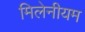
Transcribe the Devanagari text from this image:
मिलेनीयम